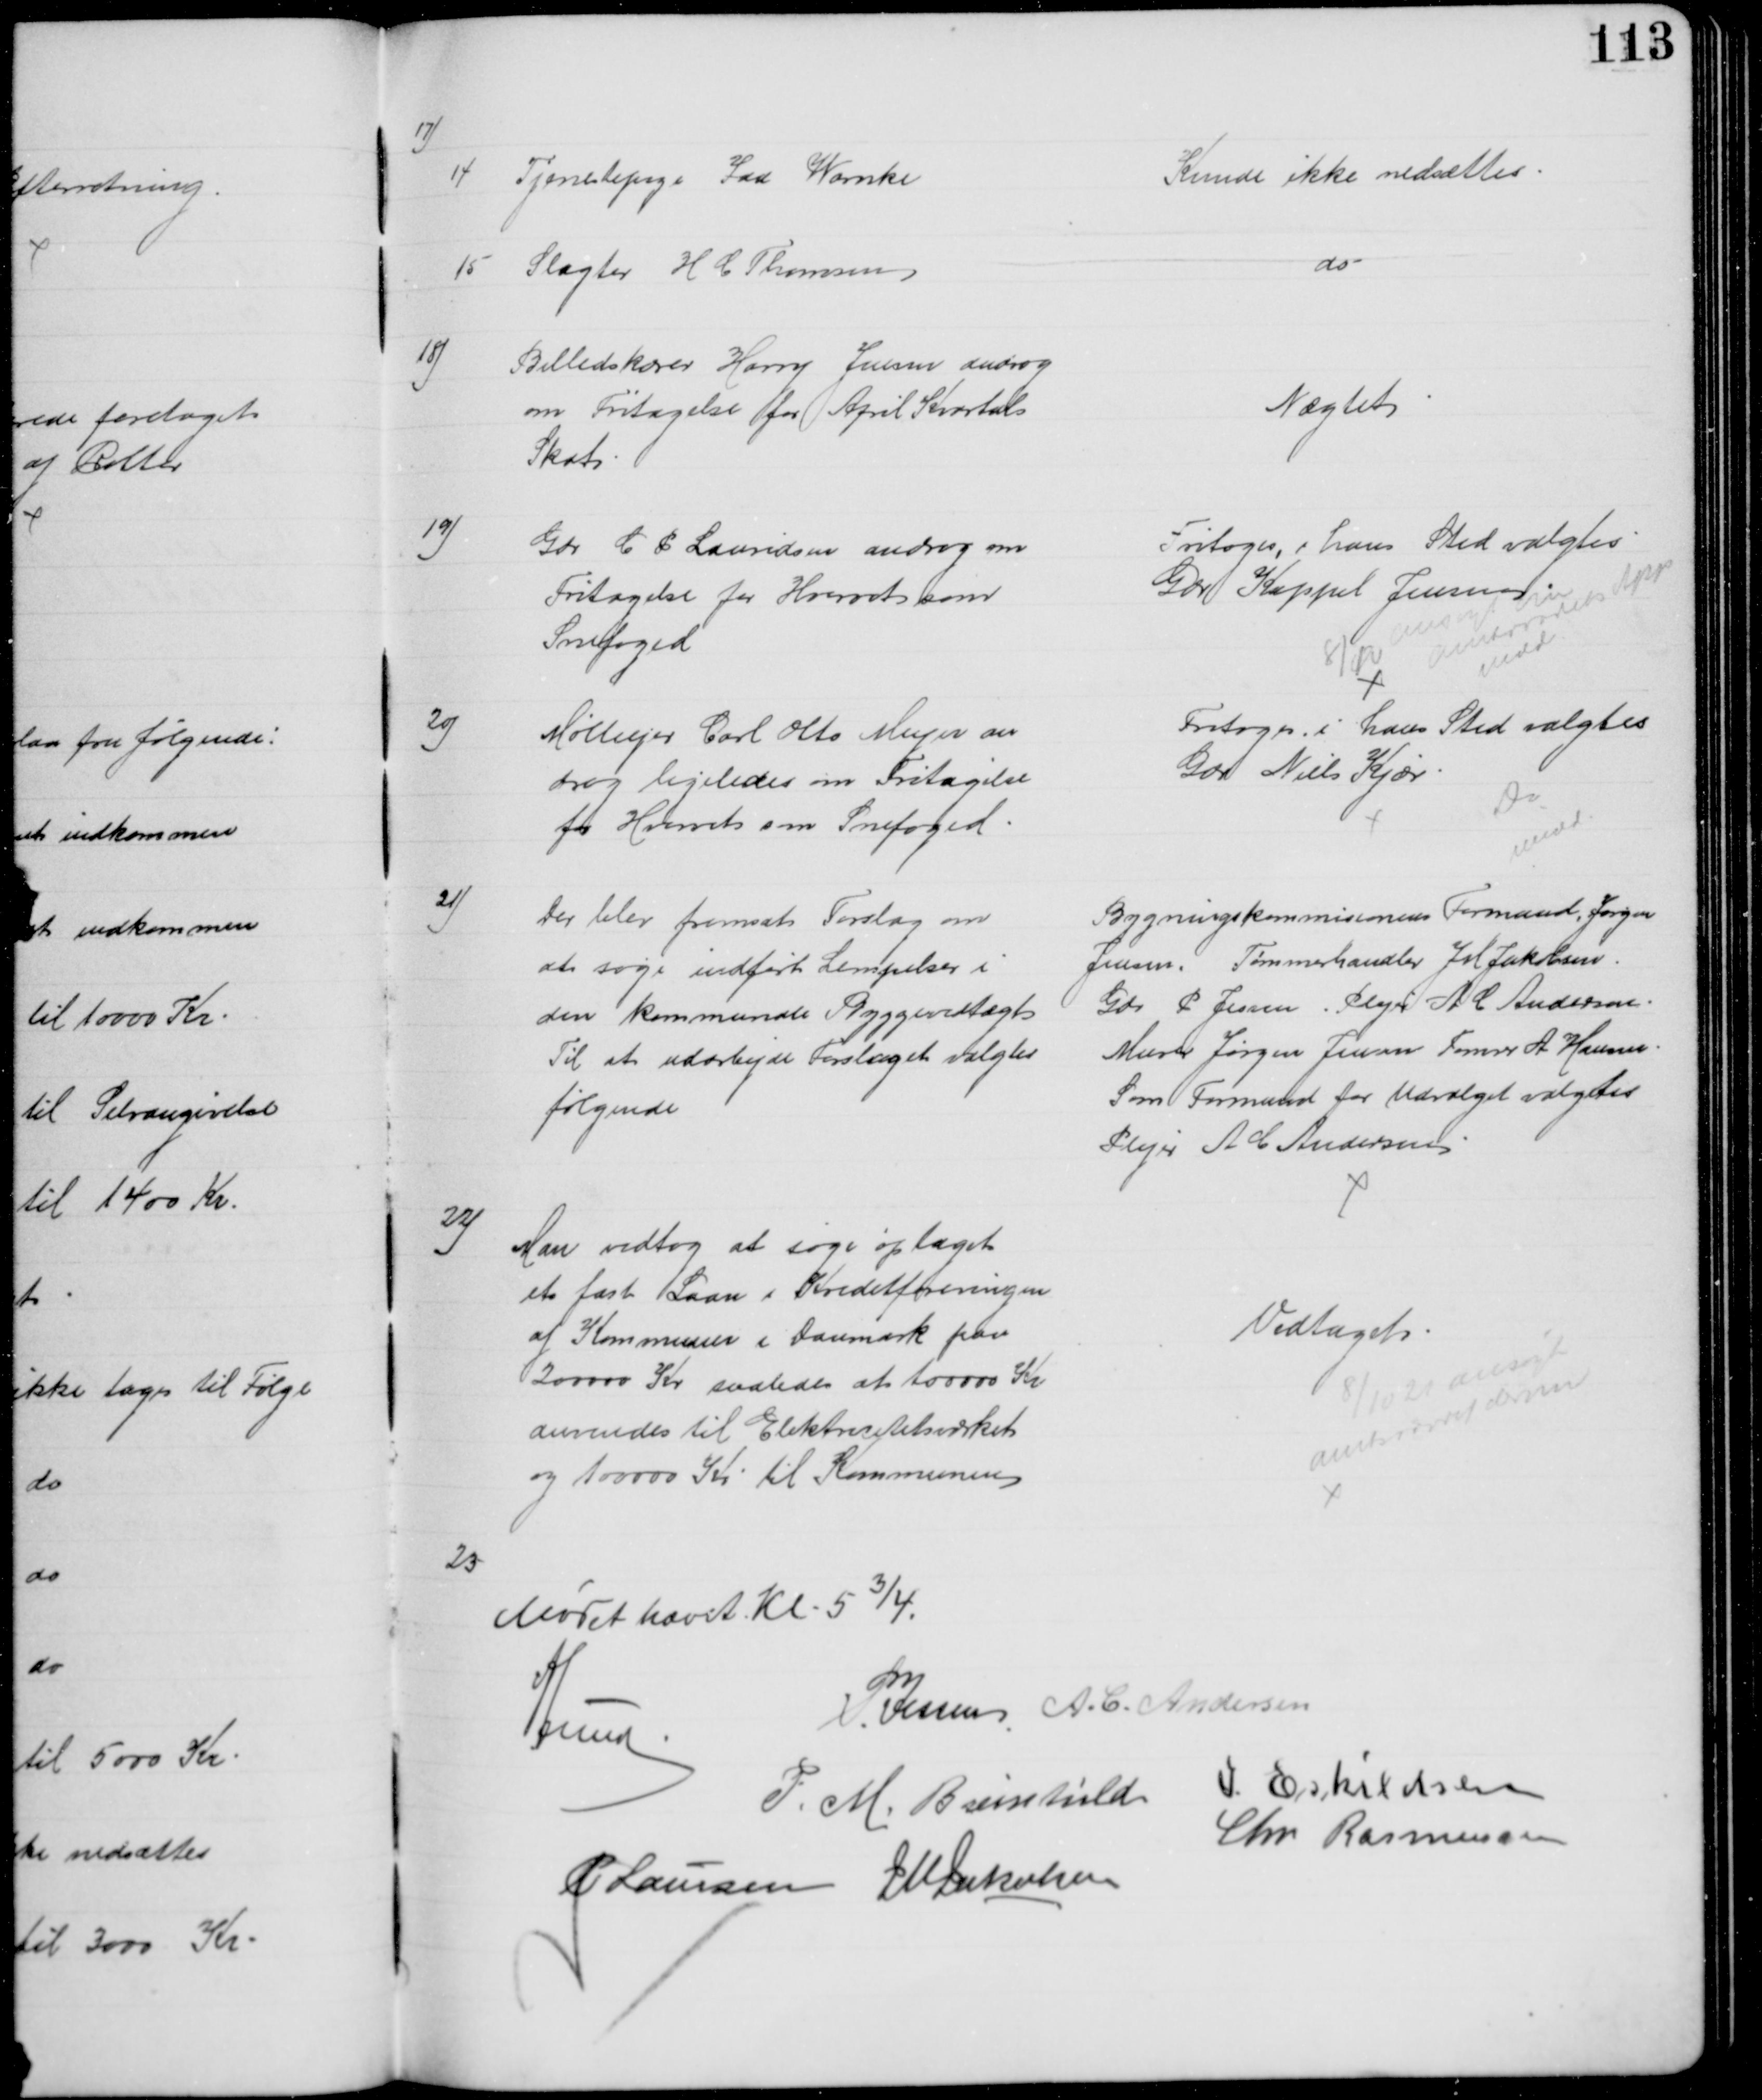
Transskription:
17)
14 
Tjenestepige Ida Warnke
Kunde ikke nedsættes
15
Slagter H C Thomsen
do
18)
Billedskærer Harry Jensen androg
om Fritagelse for April Kvartals
Skat
Nægtet
19)
Gdr C P Lauridsen androg om 
Fritagelse for Hvervet som
Snefoged
Fritoges, i hans Sted valgtes
Gdr Kappel Jensen          
8/12
ansøgt om
Amtsraadets App
medd
20)
Mølleejer Carl Otto Meyer an
drog ligeledes om Fritagelse
for Hvervet om Snefoged
Fritoges, i hans Sted valgtes
Gdr Niels Kjær.
Do
medd
21)
Der blev fremsat Forslag om 
at søge indført Lempelser i 
den kommunale Byggevedtægt
Til at udarbejde Forslaget valgtes
følgende
Bygningskommisionens Formand, Jørgen
Jensen. Tømmerhandler J M Jakobsen.
Gdr P Jensen, Plejer A C Andersen
Murer Jørgen Jensen Tømrer A Hansen
Som Formand for Udvalget valgtes
Plejer A C Andersen
22)
Man vedtog at søge optaget
et fast Laan i Kreditforeningen
af Kommuner i Danmark paa
200000 Kr saaledes at 100000 Kr.
anvendes til Elektricitetsværket
og 100000 Kr til Kommunen
Vedtaget
8/10 21 ansøgt
Amtsraadet derom
23
Mødet hævet Kl. 5¾.
A Lund
P. Jessen A. C. Andersen
P. M. Breinhild  J. Eskildsen
Chr. Rasmussen
P Laursen J M Jakobsen